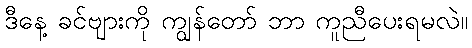
ဒီနေ့ ခင်ဗျားကို ကျွန်တော် ဘာ ကူညီပေးရမလဲ။